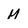
Character: M